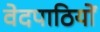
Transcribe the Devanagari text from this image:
वेदपाठियों